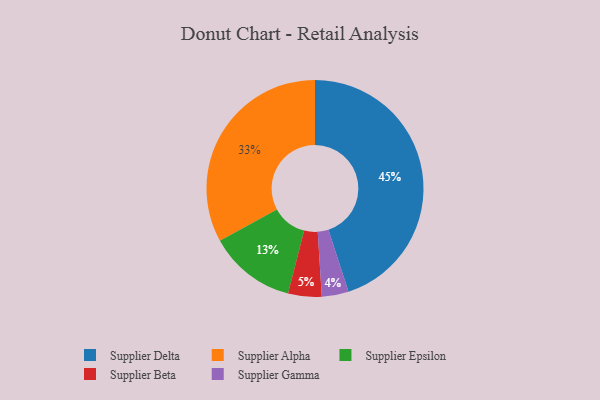
{"axis": {"x": "Category", "y": "Percentage"}, "legend": ["Supplier Alpha", "Supplier Beta", "Supplier Delta", "Supplier Epsilon", "Supplier Gamma"], "data": [{"x": "Supplier Gamma", "y": 4, "type": "Supplier Gamma"}, {"x": "Supplier Alpha", "y": 33, "type": "Supplier Alpha"}, {"x": "Supplier Delta", "y": 45, "type": "Supplier Delta"}, {"x": "Supplier Epsilon", "y": 13, "type": "Supplier Epsilon"}, {"x": "Supplier Beta", "y": 5, "type": "Supplier Beta"}]}